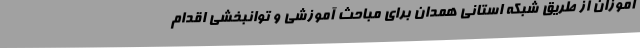
آموزان از طریق شبکه استانی همدان برای مباحث آموزشی و توانبخشی اقدام